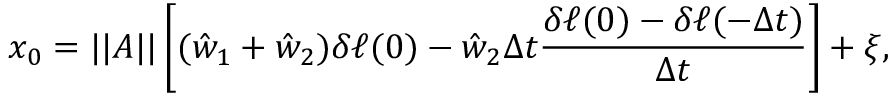
x _ { 0 } = | | A | | \left[ ( \hat { w } _ { 1 } + \hat { w } _ { 2 } ) \delta \ell ( 0 ) - \hat { w } _ { 2 } \Delta t \frac { \delta \ell ( 0 ) - \delta \ell ( - \Delta t ) } { \Delta t } \right] + \xi ,